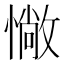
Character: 𢠵